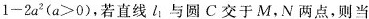
$$1-2a^{2}(a>0)$$，若直线l_{1}与圆C交于M，N两点，则当